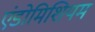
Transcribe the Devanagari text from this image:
एंडोमिशियम